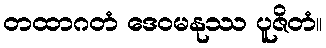
တထာဂတံ ဒေဝမနုဿ ပူဇိတံ။